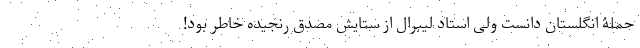
حملۀ انگلستان دانست ولی استاد لیبرال از ستایش مصدق رنجیده خاطر بود!